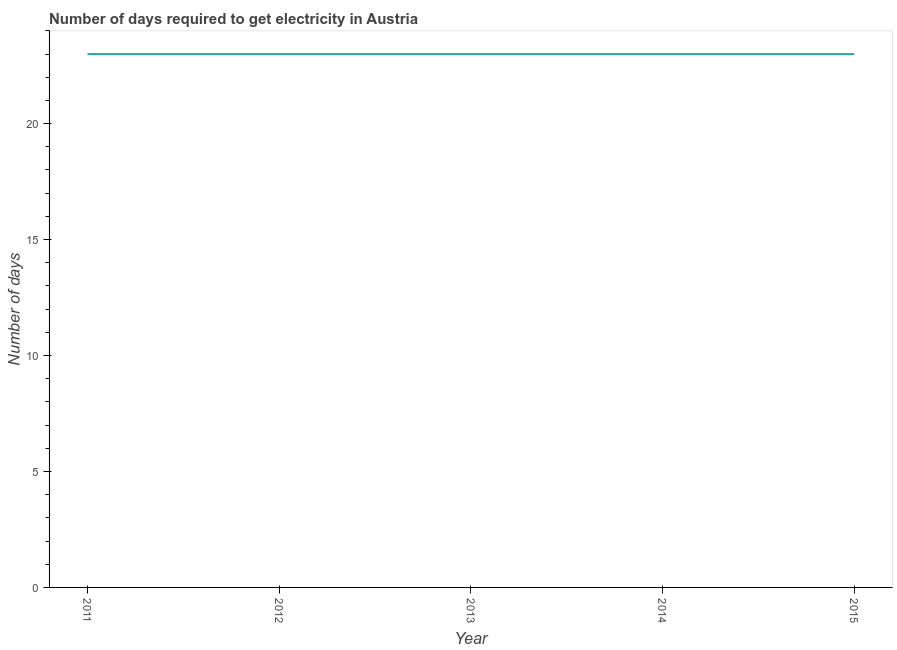
| Year | Time to get electricity |
 | --- | --- |
 | 2011 | 23 |
 | 2012 | 23 |
 | 2013 | 23 |
 | 2014 | 23 |
 | 2015 | 23 |